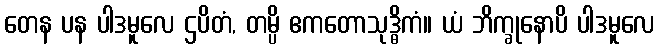
တေန ပန ပါဒမူလေ ဌပိတံ, တမ္ပိ ဧကတောသုဒ္ဓိကံ။ ယံ ဘိက္ခုနောပိ ပါဒမူလေ